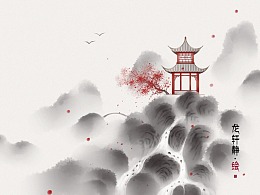
自是浮生无可说。人间第一耽离别。